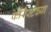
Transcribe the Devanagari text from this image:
फॉरेस्टच्या